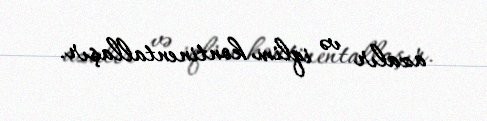
azalır və iqlim kontinentallaşır.